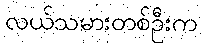
လယ်သမားတစ်ဦးက